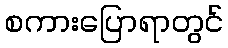
စကားပြောရာတွင်